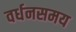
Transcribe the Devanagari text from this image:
वर्धनसमय